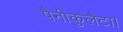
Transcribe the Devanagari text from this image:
पैनीकुलैटा।